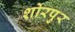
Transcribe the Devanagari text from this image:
शोरपुर